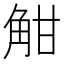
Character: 𧣑